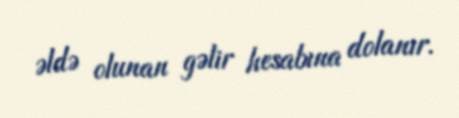
əldə olunan gəlir hesabına dolanır.